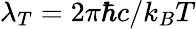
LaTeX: \lambda_{T}=2\pi\hbar c/k_{B}T